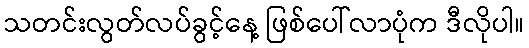
သတင်းလွတ်လပ်ခွင့်နေ့ ဖြစ်ပေါ်လာပုံက ဒီလိုပါ။